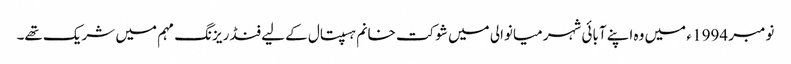
نومبر 1994 ء میں وہ اپنے آبائی شہر میانوالی میں شوکت خانم ہسپتال کے لیے فنڈ ریزنگ مہم میں شریک تھے۔